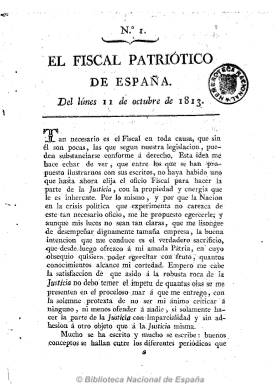
Título: El Fiscal patriótico de España
Colección: Periódicos anteriores a 1850
Ámbito geográfico: Madrid
Lugar de publicación: Madrid
Fechas: 11/10/1813-27/06/1814

Bisemanario (lunes y viernes) de carácter reaccionario que se publica en Madrid del 10 de octubre de 1813 al 27 de junio de 1814, en números de ocho páginas y foliación continuada (603 páginas en total). Defensor de la unión del “Trono y el Altar”, incluye largos artículos doctrinales así como otros comunicados y remitidos, algunas noticias de España y otras locales bajo el epígrafe “Puerta del Sol”, variedades y avisos. Algunos de sus textos son sacados o extractados de otros periódicos antirreformistas y muchos otros están escritos en verso (sonetos, décimas, letrillas, canciones, etc.) en defensa del catolicismo y el absolutismo de Fernando VII, “ídolo de nuestro amor”, según el redactor de este periódico, Josef Manuel Jecebéck, tal como consta en la portada de algunas de sus colecciones. Entre sus colaboradores se encontraba José María del Río. Atacó la libertad de imprenta y a los liberales. Tras el decreto de Fernando VII de cuatro de mayo de 1814 reprimiendo la libertad de imprenta, se imprime “bajo licencia” del capitán general. Fue estampado en la Imprenta de Villalpando.